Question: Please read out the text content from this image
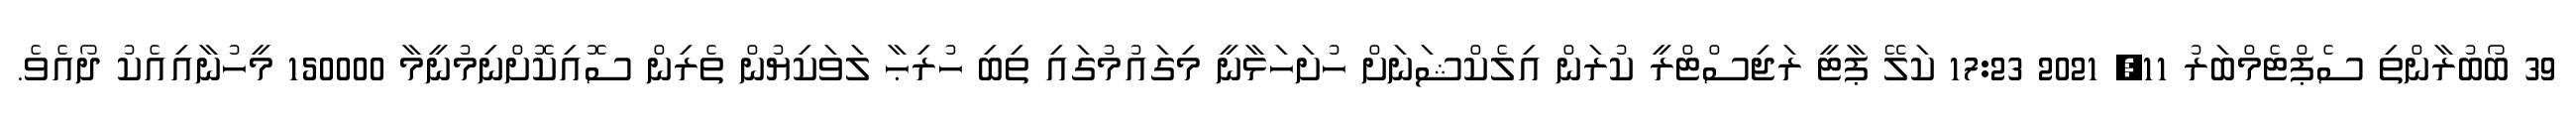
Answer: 39 ބޯބުރާންތި ސެޕްޓެމްބަރު 11, 2021 17:23 ކަލޭ ޕާޓީ ރަޖިސްޓްރީ ކުރަން އިލެކްޝަނަށް ހުށަހަޅާނީ މިގައުމުގައި ތިބި ހުރިޙާ ލަވަކިޔުން ތެރިން ސޮއިކޮށްނިމުނީމާ 150000 މީހުނާއިއެކު ދޯއެވެ.